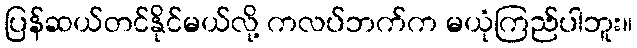
ပြန်ဆယ်တင်နိုင်မယ်လို့ ကလပ်ဘက်က မယုံကြည်ပါဘူး။